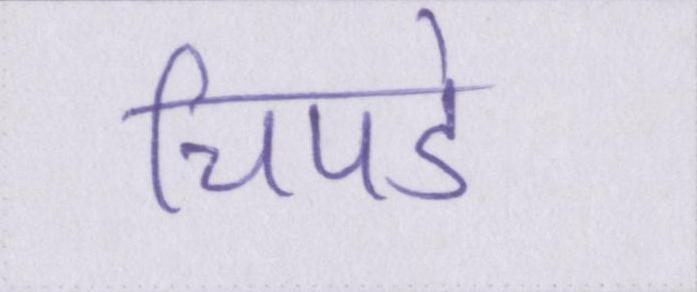
चिपडे